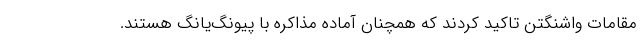
مقامات واشنگتن تاکید کردند که همچنان آماده مذاکره با پیونگ‌یانگ هستند.